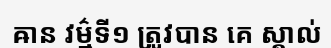
ឝាន វម៌្មទី១ ត្រូវបាន គេ ស្គាល់